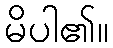
မိပါ၏။